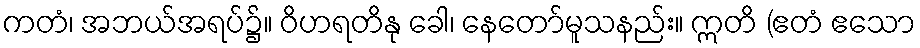
ကတံ၊ အဘယ်အရပ်၌။ ဝိဟရတိနု ခေါ၊ နေတော်မူသနည်း။ ဣတိ (ဧတံ ဧသော